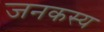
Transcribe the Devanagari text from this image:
जनकस्य